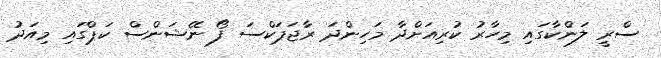
ސްރީ ލަންކާގައި މިހާރު ކުރިއަށްދާ މަހިންދަ ރާޖަޕަކްސަ ފޯ ނޭޝަންސް ކަޕްގައި މިއަދު